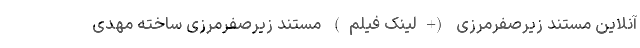
آنلاین مستند زیرصفرمرزی (+لینک فیلم) مستند زیرصفرمرزی ساخته مهدی